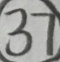
3 7